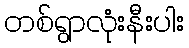
တစ်ရွာလုံးနီးပါး